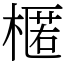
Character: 𣘗